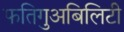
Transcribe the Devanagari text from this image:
फतिगुअबिलिटी